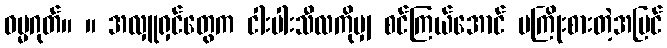
ဓမ္မဂုတ်။ ။ အလှူရှင်တွေက ငါးပါးသီလကိုမျှ စင်ကြယ်အောင် မကြိုးစားတဲ့အပြင်